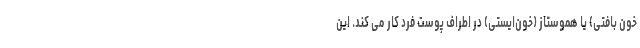
خون بافتی) یا هموستاز (خون‌ایستی) در اطراف پوست فرد کار می کند. این